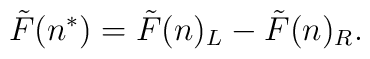
\tilde{F}(n^{*})=\tilde{F}(n)_L-\tilde{F}(n)_R.